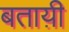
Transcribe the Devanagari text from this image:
बताय़ी